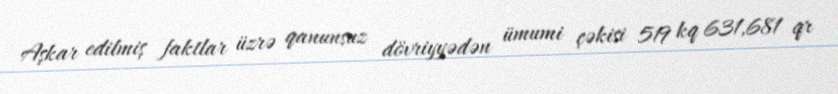
Aşkar edilmiş faktlar üzrə qanunsuz dövriyyədən ümumi çəkisi 519 kq 631,681 qr